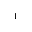
^ { 1 }